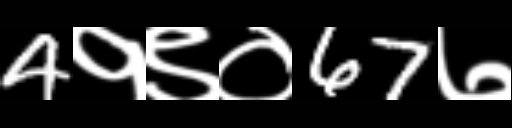
Text: 4१९०67७